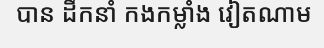
បាន ដឹកនាំ កងកម្លាំង វៀតណាម